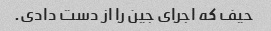
حیف که اجرای جین را از دست دادی.